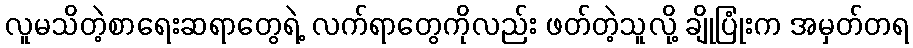
လူမသိတဲ့စာရေးဆရာတွေရဲ့ လက်ရာတွေကိုလည်း ဖတ်တဲ့သူလို့ ချိုပြုံးက အမှတ်တရ